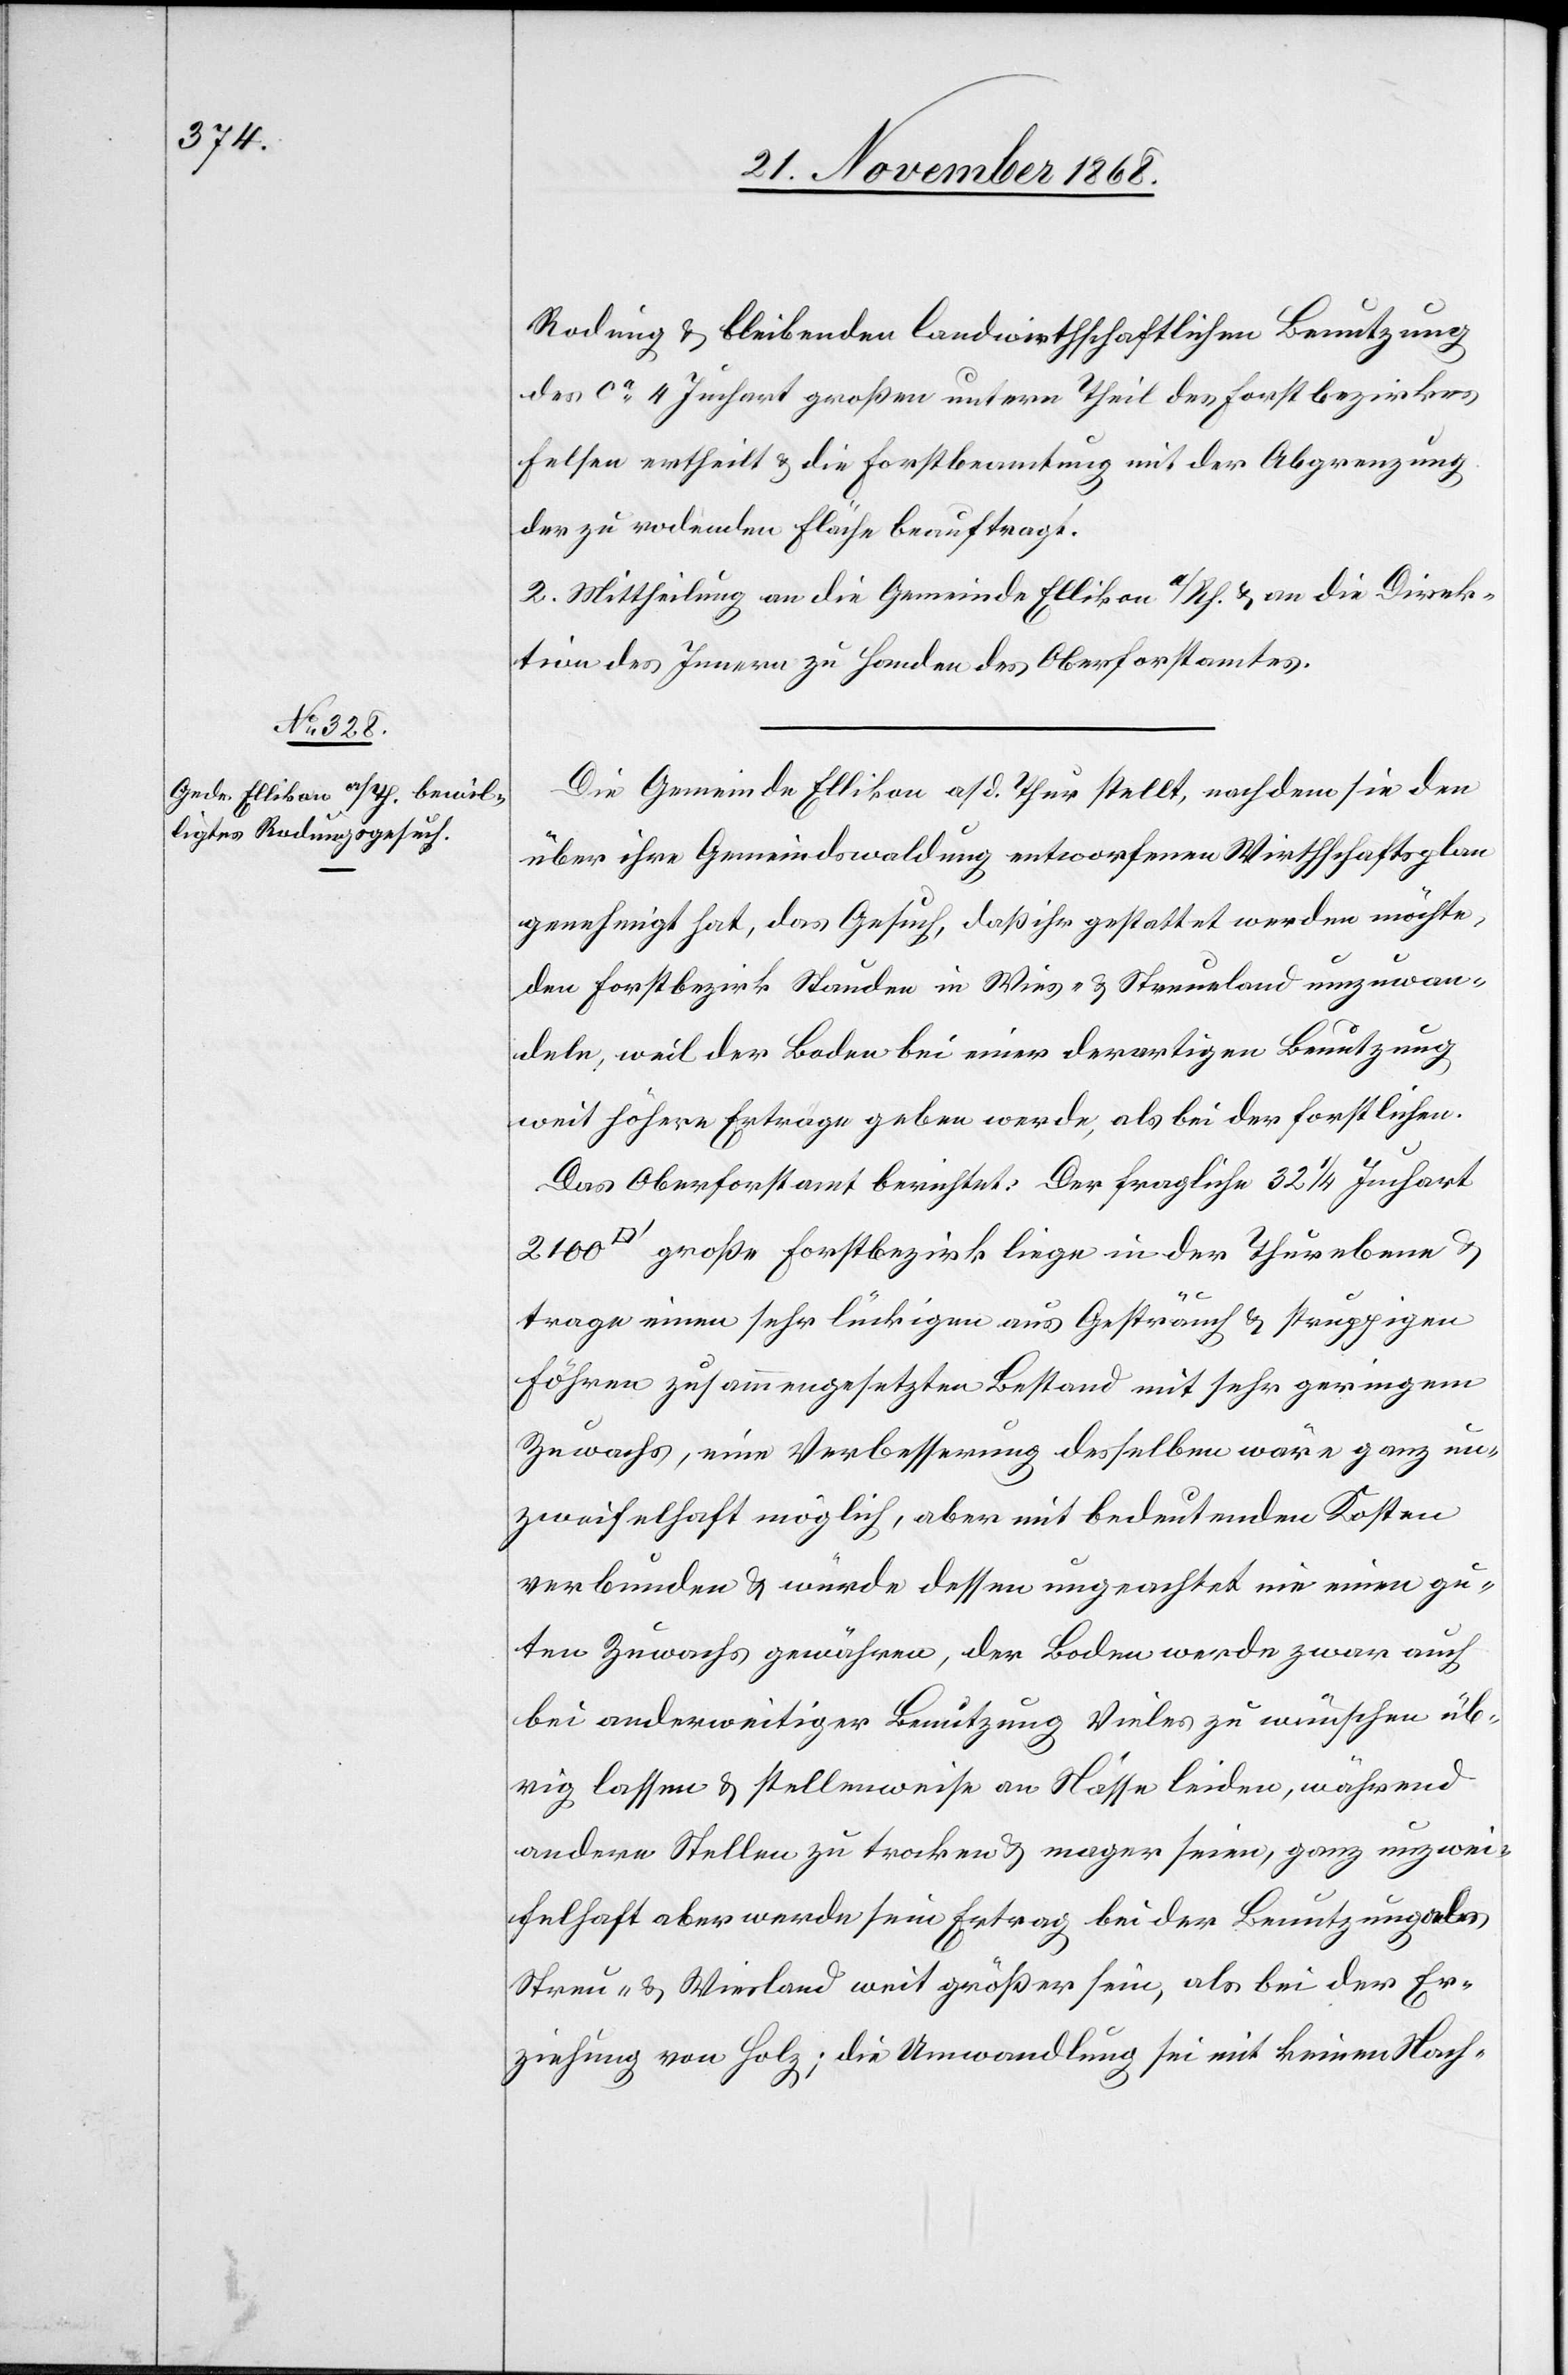
Rodung & bleibenden landwirthschaftlichen Benutzung
des ca 4 Juchart großen untern Theil des Forstbezirkes
Felsen ertheilt & die Forstbeamtung mit der Abgrenzung
der zu rodenden Fläche beauftragt.
2. Mittheilung an die Gemeinde Ellikon a/Rh. & an die Direk¬
tion des Innern zu Handen des Oberforstamtes.
Die Gemeinde Ellikon a/d. Thur stellt, nachdem sie den
über ihre Gemeindswaldung entworfenen Wirthschaftsplan
genehmigt hat, das Gesuch, daß ihr gestattet werden möchte,
den Forstbezirk Stauden in Wies- & Streueland umzuwan¬
deln, weil der Boden bei einer derartigen Benutzung
weit höhere Erträge geben werde, als bei der forstlichen.
Das Oberforstamt berichet: Der fragliche 32 1/4 Juchart
große Forstbezirk liege in der Thurebene &
trage einen sehr lückigen aus Gesträuch & struppigen
Föhren zusammengesetzten Bestand mit sehr geringem
Zuwachs, eine Verbesserung desselben wäre ganz un¬
zweifelhaft möglich, aber mit bedeutenden Kosten
verbunden & würde dessen ungeachtet nie einen gu¬
ten Zuwachs gewähren, der Boden werde zwar auch
bei anderweitiger Benutzung Vieles zu wünschen üb¬
rig lassen & stellenweise an Nässe leiden, während
andere Stellen zu trocken & mager seien, ganz unzwei¬
felhaft aber werde sein Ertrag bei der Benutzung als
Streu- & Wiesland weit größer sein, als bei der Er¬
ziehung von Holz; die Umwandlung sei mit keinen Nach-